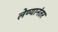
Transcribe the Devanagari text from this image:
लेण्यानंतर